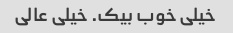
خیلی خوب بیک. خیلی عالی